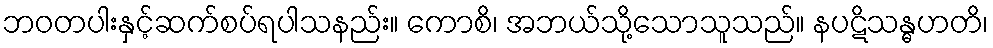
ဘဝတပါးနှင့်ဆက်စပ်ရပါသနည်း။ ကောစိ၊ အဘယ်သို့သောသူသည်။ နပဋိသန္ဓဟတိ၊